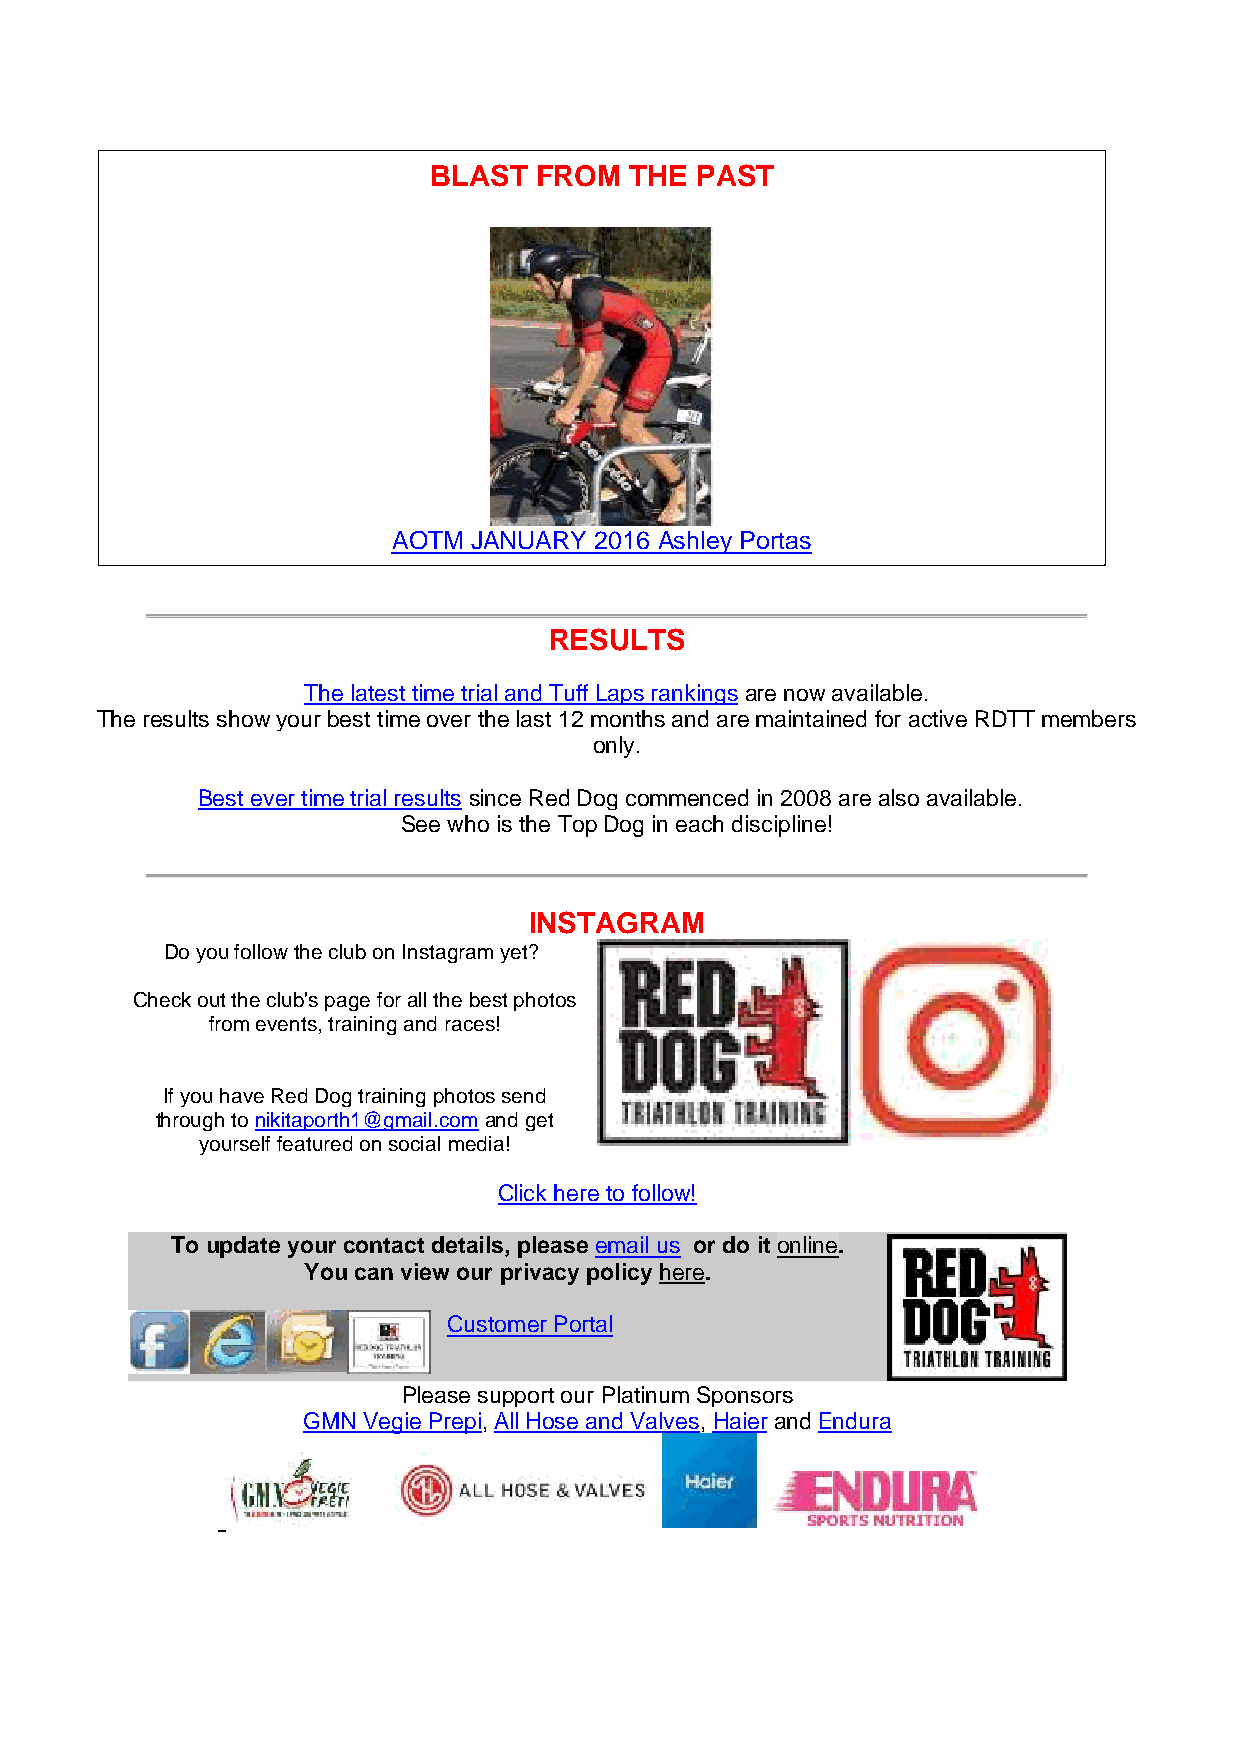
BLAST  FROM   THE PAST
 AOTM JANUARY 2016 Ashley Portas
 RESULTS
 The latest time trial and Tuff Laps rankings are now available.
 The results show your best time over the last 12 months and are maintained for active RDTT members
 only.
 Best ever time trial results since Red Dog commenced in 2008 are also available.
 See who is the Top Dog in each discipline!
 INSTAGRAM
 Do you follow the club on Instagram yet?
 Check out the club's page for all the best photos
 from events, training and races!
 If you have Red Dog training photos send
 through to nikitaporth1@gmail.com and get
 yourself featured on social media!
 Click here to follow!
 To update your contact details, please email us or do it online.
 You can view our privacy policy here.
 Customer Portal
 Please support our Platinum Sponsors
 GMN Vegie Prepi, All Hose and Valves, Haier and Endura